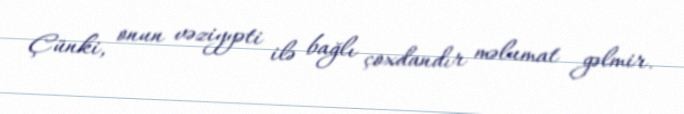
Çünki, onun vəziyyəti ilə bağlı çoxdandır məlumat gəlmir.